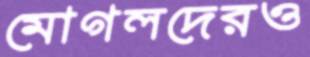
মোগলদেরও